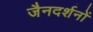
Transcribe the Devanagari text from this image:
जैनदर्शनों